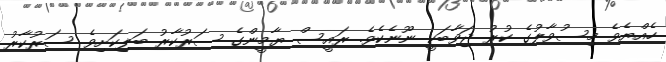
ހެއްޔެވެ މިސުވާލުގެ ކުރު ޖަވާބަކީ ނޫނެކެވެ. ރައީސް ޔާމީންގެ ސަރުކާރު ބަލިކަށިވެ ސަރުކާރު